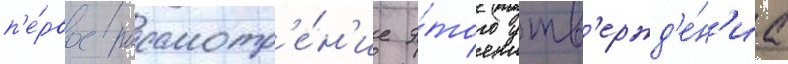
п'е́рвое рассмотр'е́н'ие э́того утв'ержд'е́н'иа